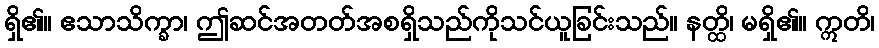
ရှိ၏။ ဧသာသိက္ခာ၊ ဤဆင်အတတ်အစရှိသည်ကိုသင်ယူခြင်းသည်။ နတ္ထိ၊ မရှိ၏။ ဣတိ၊